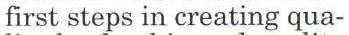
first steps in creating qua-